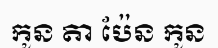
កូន តា ប៉ែន កូន